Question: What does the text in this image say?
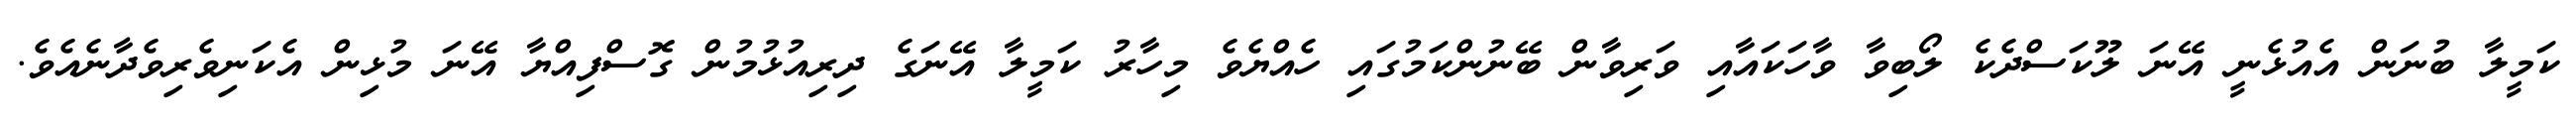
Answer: ކަމީލާ ބުނަން އެއުޅެނީ އޭނަ ލޫކަސްދެކެ ލޯބިވާ ވާހަކައާއި ވަރިވާން ބޭނުންކަމުގައި ހެއްޔެވެ މިހާރު ކަމީލާ އޭނަގެ ދިރިއުޅުމުން ގޮސްފިއްޔާ އޭނަ މުޅިން އެކަނިވެރިވެދާނެއެވެ.